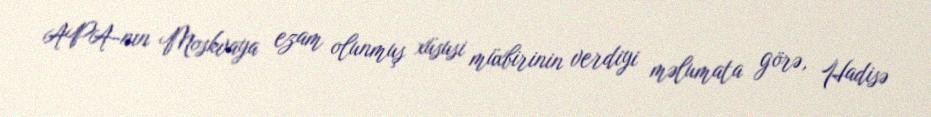
APA-nın Moskvaya ezam olunmuş xüsusi müxbirinin verdiyi məlumata görə, Hadisə